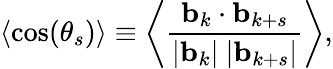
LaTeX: \langle\cos(\theta_{s})\rangle\equiv\left\langle\frac{\mathbf b_{k}\cdot\mathbf b_{k+s}}{|\mathbf b_{k}|\ |\mathbf b_{k+s}|}\right\rangle,